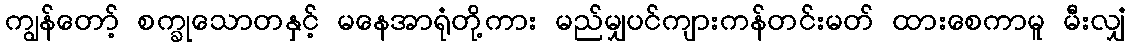
ကျွန်တော့် စက္ခုသောတနှင့် မနေအာရုံတို့ကား မည်မျှပင်ကျားကန်တင်းမတ် ထားစေကာမူ မီးလျှံ